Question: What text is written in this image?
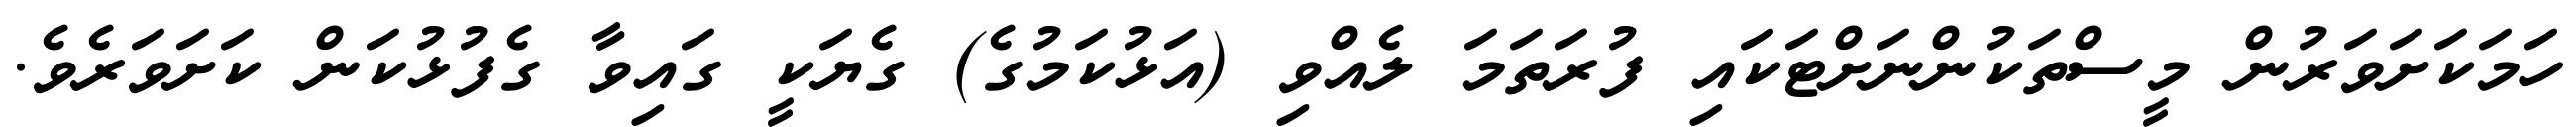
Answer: ހަމަކަށަވަރުން މީސްތަކުންނަށްޓަކައި ފުރަތަމަ ލެއްވި (އަޅުކަމުގެ) ގެޔަކީ ގައިވާ ގެފުޅުކަން ކަށަވަރެވެ.